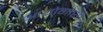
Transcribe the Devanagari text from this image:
आयोगाशी